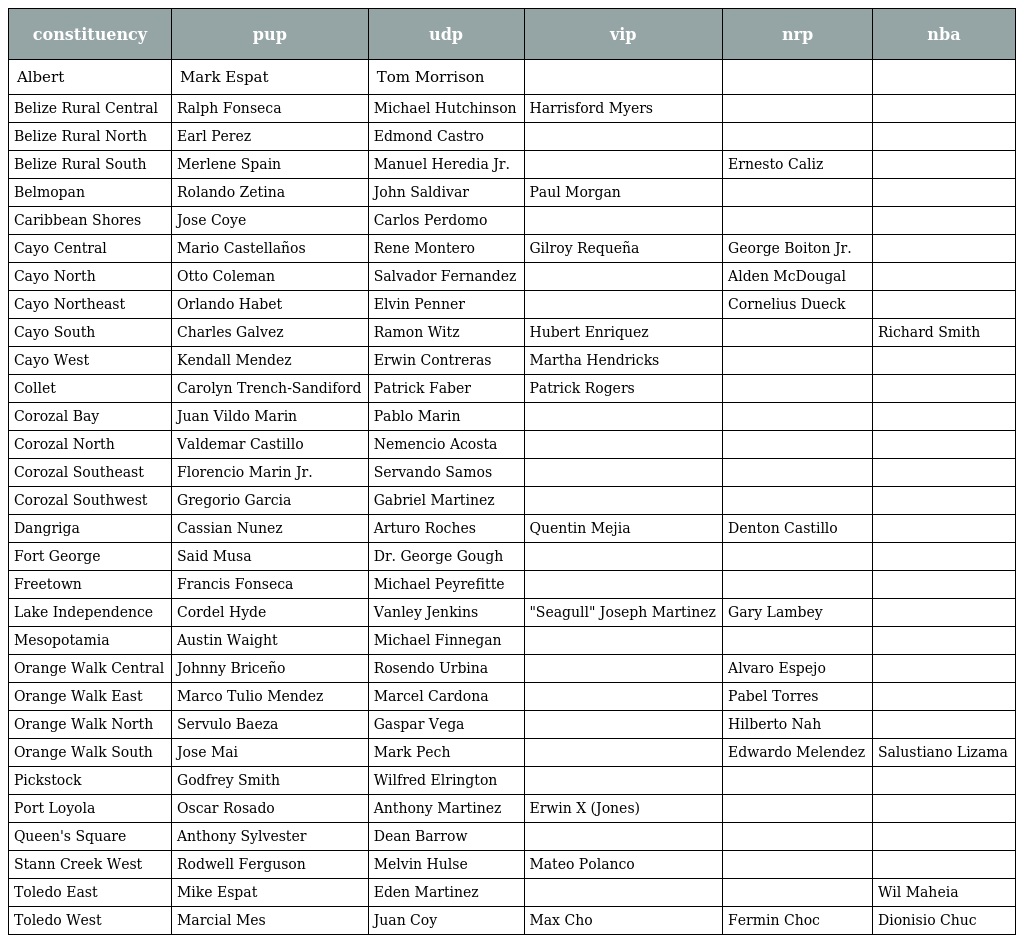
| constituency | pup | udp | vip | nrp | nba |
 | --- | --- | --- | --- | --- | --- |
 | Albert | Mark Espat | Tom Morrison |  |  |  |
 | Belize Rural Central | Ralph Fonseca | Michael Hutchinson | Harrisford Myers |  |  |
 | Belize Rural North | Earl Perez | Edmond Castro |  |  |  |
 | Belize Rural South | Merlene Spain | Manuel Heredia Jr. |  | Ernesto Caliz |  |
 | Belmopan | Rolando Zetina | John Saldivar | Paul Morgan |  |  |
 | Caribbean Shores | Jose Coye | Carlos Perdomo |  |  |  |
 | Cayo Central | Mario Castellaños | Rene Montero | Gilroy Requeña | George Boiton Jr. |  |
 | Cayo North | Otto Coleman | Salvador Fernandez |  | Alden McDougal |  |
 | Cayo Northeast | Orlando Habet | Elvin Penner |  | Cornelius Dueck |  |
 | Cayo South | Charles Galvez | Ramon Witz | Hubert Enriquez |  | Richard Smith |
 | Cayo West | Kendall Mendez | Erwin Contreras | Martha Hendricks |  |  |
 | Collet | Carolyn Trench-Sandiford | Patrick Faber | Patrick Rogers |  |  |
 | Corozal Bay | Juan Vildo Marin | Pablo Marin |  |  |  |
 | Corozal North | Valdemar Castillo | Nemencio Acosta |  |  |  |
 | Corozal Southeast | Florencio Marin Jr. | Servando Samos |  |  |  |
 | Corozal Southwest | Gregorio Garcia | Gabriel Martinez |  |  |  |
 | Dangriga | Cassian Nunez | Arturo Roches | Quentin Mejia | Denton Castillo |  |
 | Fort George | Said Musa | Dr. George Gough |  |  |  |
 | Freetown | Francis Fonseca | Michael Peyrefitte |  |  |  |
 | Lake Independence | Cordel Hyde | Vanley Jenkins | "Seagull" Joseph Martinez | Gary Lambey |  |
 | Mesopotamia | Austin Waight | Michael Finnegan |  |  |  |
 | Orange Walk Central | Johnny Briceño | Rosendo Urbina |  | Alvaro Espejo |  |
 | Orange Walk East | Marco Tulio Mendez | Marcel Cardona |  | Pabel Torres |  |
 | Orange Walk North | Servulo Baeza | Gaspar Vega |  | Hilberto Nah |  |
 | Orange Walk South | Jose Mai | Mark Pech |  | Edwardo Melendez | Salustiano Lizama |
 | Pickstock | Godfrey Smith | Wilfred Elrington |  |  |  |
 | Port Loyola | Oscar Rosado | Anthony Martinez | Erwin X (Jones) |  |  |
 | Queen's Square | Anthony Sylvester | Dean Barrow |  |  |  |
 | Stann Creek West | Rodwell Ferguson | Melvin Hulse | Mateo Polanco |  |  |
 | Toledo East | Mike Espat | Eden Martinez |  |  | Wil Maheia |
 | Toledo West | Marcial Mes | Juan Coy | Max Cho | Fermin Choc | Dionisio Chuc |